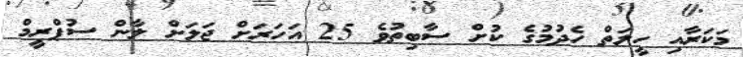
މަކަރާއި ހީލަތް ހެދުމުގެ ކުށް ސާބިތުވެ 25 އަހަރަށް ޖަލަށް ލާން ސުޕްރީމް